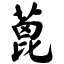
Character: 蓖